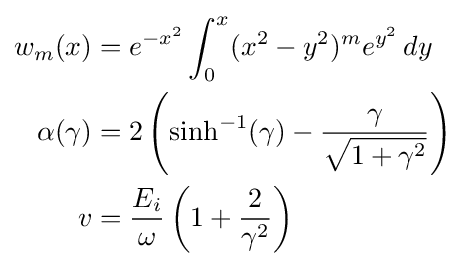
{\begin{aligned}w_{m}(x)&=e^{-x^{2}}\int _{0}^{x}(x^{2}-y^{2})^{m}e^{y^{2}}\,dy\\\alpha (\gamma )&=2\left(\sinh ^{-1}(\gamma )-{\frac {\gamma }{\sqrt {1+\gamma ^{2}}}}\right)\\v&={\frac {E_{i}}{\omega }}\left(1+{\frac {2}{\gamma ^{2}}}\right)\end{aligned}}